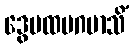
ဒွေပထမဂမာသိံ